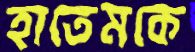
হাতেমকে